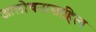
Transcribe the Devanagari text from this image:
आलोचनासाहित्य